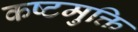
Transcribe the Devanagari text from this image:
कष्टमुक्ति